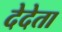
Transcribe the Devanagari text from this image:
देदेता